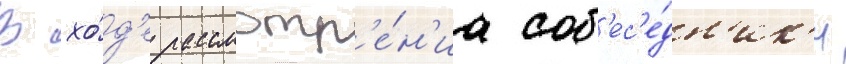
В хо́д'е рассмотр'е́н'иа соб'ес'е́дн'ик'и